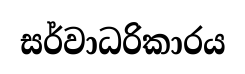
සර්වාධරිකාරය